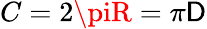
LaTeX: C=2\piR=\pi\mathsf{D}